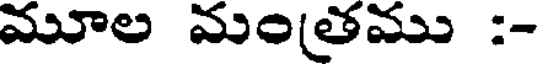
మూల మంతము :-